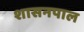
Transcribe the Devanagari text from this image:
शासनपाल